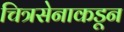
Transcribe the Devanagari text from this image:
चित्रसेनाकडून